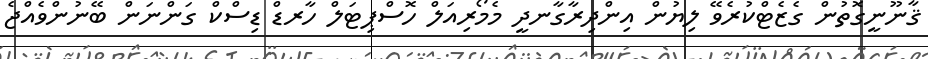
ޤާނޫނީގޮތުން ގެޒެޓްކުރެވޭ ލިޔުން އިންދިރާގާނދީ މެމޯރިއަލް ހޮސްޕިޓަލް ހާރޑް ޑިސްކް ގަންނަން ބޭނުންވެއްޖެ